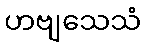
ဟဗျသေသံ